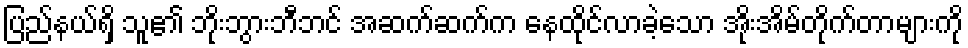
ပြည်နယ်ရှိ သူ၏ ဘိုးဘွားဘီဘင် အဆက်ဆက်က နေထိုင်လာခဲ့သော အိုးအိမ်တိုက်တာများကို